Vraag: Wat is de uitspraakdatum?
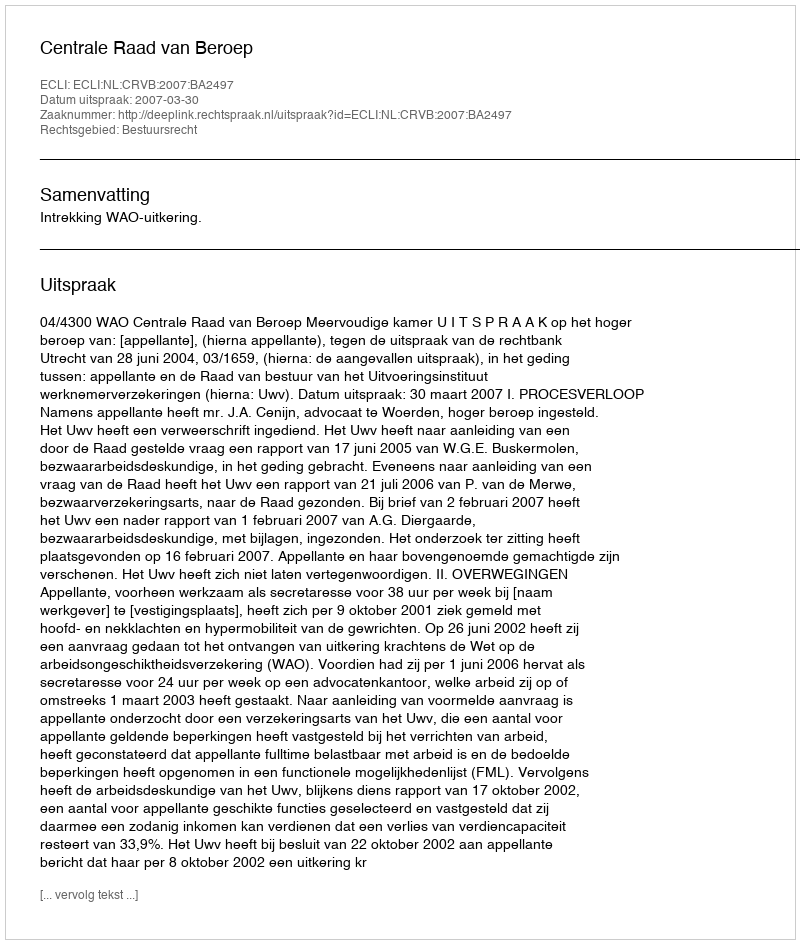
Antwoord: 2007-03-30